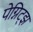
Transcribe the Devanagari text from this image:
पेग्निट्झ